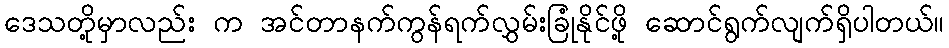
ဒေသတို့မှာလည်း က အင်တာနက်ကွန်ရက်လွှမ်းခြုံနိုင်ဖို့ ဆောင်ရွက်လျက်ရှိပါတယ်။